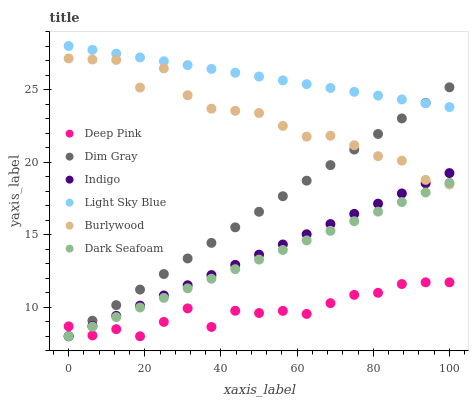
| xaxis_label | Deep Pink | Dim Gray | Indigo | Light Sky Blue | Burlywood | Dark Seafoam |
 | --- | --- | --- | --- | --- | --- | --- |
 | 0 | 8.68 | 8 | 8 | 28 | 27.1 | 8 |
 | 6.25 | 8.06 | 9.07 | 8.7 | 27.7 | 27.1 | 8.66 |
 | 12.5 | 8.49 | 10.1 | 9.41 | 27.5 | 27 | 9.32 |
 | 18.8 | 8 | 11.2 | 10.1 | 27.2 | 25.1 | 9.98 |
 | 25 | 8.99 | 12.3 | 10.8 | 26.9 | 26.5 | 10.6 |
 | 31.2 | 9.92 | 13.4 | 11.5 | 26.7 | 24.6 | 11.3 |
 | 37.5 | 8.64 | 14.4 | 12.2 | 26.4 | 23.7 | 12 |
 | 43.8 | 9.76 | 15.5 | 12.9 | 26.2 | 23.5 | 12.6 |
 | 50 | 9.6 | 16.6 | 13.6 | 25.9 | 23.4 | 13.3 |
 | 56.2 | 9.75 | 17.6 | 14.3 | 25.6 | 22.5 | 13.9 |
 | 62.5 | 9.54 | 18.7 | 15 | 25.4 | 21.8 | 14.6 |
 | 68.8 | 10.3 | 19.8 | 15.7 | 25.1 | 21.8 | 15.3 |
 | 75 | 10.9 | 20.9 | 16.4 | 24.8 | 21.2 | 15.9 |
 | 81.2 | 11 | 21.9 | 17.1 | 24.6 | 20.4 | 16.6 |
 | 87.5 | 11.6 | 23 | 17.8 | 24.3 | 20.1 | 17.2 |
 | 93.8 | 11.7 | 24.1 | 18.5 | 24.1 | 18.8 | 17.9 |
 | 100 | 11.7 | 25.2 | 19.2 | 23.8 | 18.5 | 18.6 |